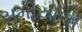
સમીયાળી